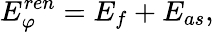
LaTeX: E_{\varphi}^{ren}=E_{f}+E_{as},